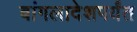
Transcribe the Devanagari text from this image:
बांगलादेशपर्यंत